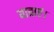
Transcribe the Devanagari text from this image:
यात्राएं।